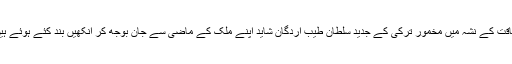
طاقت کے نشہ میں مخمور ترکی کے جدید سلطان طیب اردگان شاید اپنے ملک کے ماضی سے جان بوجھ کر آنکھیں بند کئے ہوئے ہیں۔